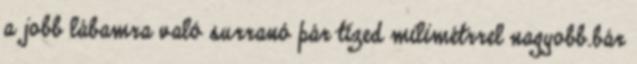
a jobb lábamra való surranó pár tized milimétrrel nagyobb.bár